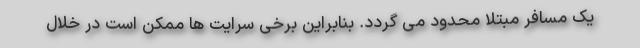
یک مسافر مبتلا محدود می گردد. بنابراین برخی سرایت ها ممکن است در خلال